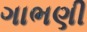
ગાભણી